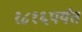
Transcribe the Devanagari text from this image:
१८१६पर्यंत